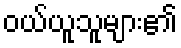
ဝယ်ယူသူများ၏